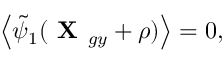
\left\langle \tilde { \psi } _ { 1 } ( \textbf { X } _ { g y } + \boldsymbol { \rho } ) \right\rangle = 0 ,